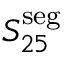
S _ { 2 5 } ^ { \mathrm { s e g } }